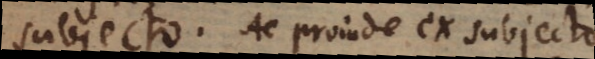
subjecto. Ac proinde ex subjecto